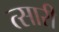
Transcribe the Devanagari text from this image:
त्सारी